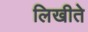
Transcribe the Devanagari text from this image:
लिखीते